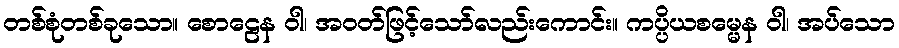
တစ်စုံတစ်ခုသော။ စောဠေန ဝါ၊ အဝတ်ဖြင့်သော်လည်းကောင်း။ ကပ္ပိယစမ္မေန ဝါ၊ အပ်သော